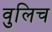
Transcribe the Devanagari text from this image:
वुलिच